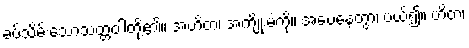
ခပ်သိမ်းသောသတ္တဝါတို့၏။ အဟိတံ၊ အကျိုးမဲ့ကို။ အပေနေတွာ၊ ပယ်၍။ ဟိတံ၊